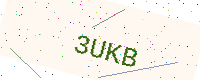
Text: 3UKB